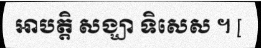
អាបត្តិ សង្ឃា ទិសេស ។ [